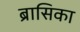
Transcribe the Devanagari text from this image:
ब्रासिका